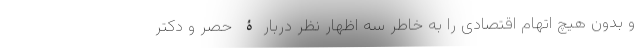
و بدون هیچ اتهام اقتصادی را به خاطر سه اظهار نظر دربارۀ حصر و دکتر